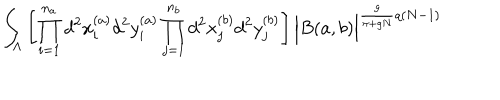
\int _ { \Lambda } \left[ \prod _ { i = 1 } ^ { n _ { a } } d ^ { 2 } x _ { i } ^ { ( a ) } d ^ { 2 } y _ { i } ^ { ( a ) } \prod _ { j = 1 } ^ { n _ { b } } d ^ { 2 } x _ { j } ^ { ( b ) } d ^ { 2 } y _ { j } ^ { ( b ) } \right] \Big | B ( a , b ) \Big | ^ { \frac { g } { \pi + g N } q ( N - 1 ) } \;